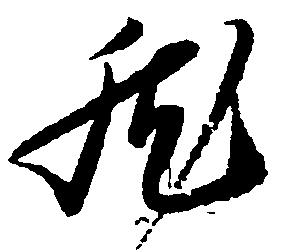
然